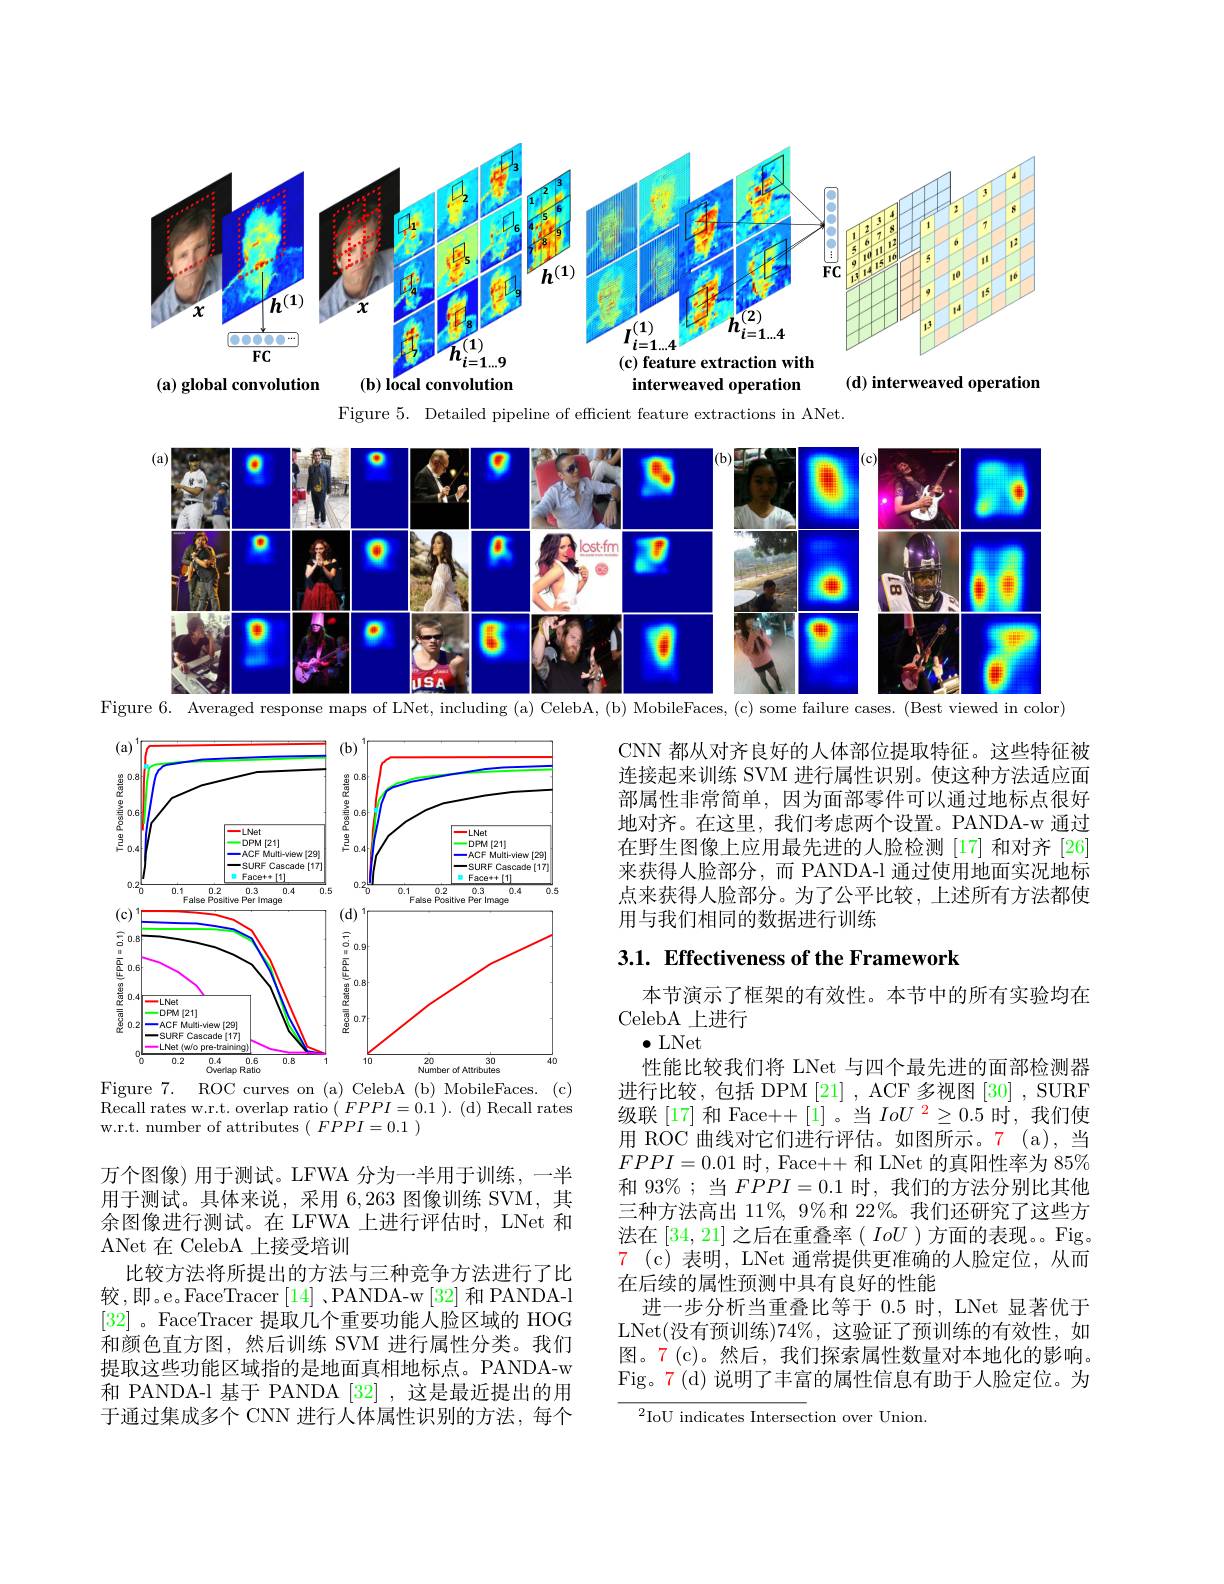
<FigureHere>
$(\mathbf{d})$ interweaved operation

interweaved operation

$( \mathbf{a} ) \textbf{ global convolution}$

$(\mathbf{b})\log_{0}$

Figure 5. Detailed pipeline of efficient feature extractions in ANet.

<FigureHere>
Figure 6. Averaged response maps of LNet, including (a) CelebA, (b) MobileFaces, (c) some failure cases. (Best viewed in color)

CNN 都从对齐良好的人体部位提取特征。这些特征被连接起来训练 SVM 进行属性识别。使这种方法适应面部属性非常简单，因为面部零件可以通过地标点很好地对齐。在这里，我们考虑两个设置。PANDA-w 通过在野生图像上应用最先进的人脸检测[17] 和对齐[26] 来获得人脸部分，而 PANDA-l 通过使用地面实况地标点来获得人脸部分。为了公平比较，上述所有方法都使用与我们相同的数据进行训练

<FigureHere>
Figure 7.
ROC curves on (a) CelebA (b) MobileFaces. (c)

# 3.1. Effectiveness of the Framework

$\bar{\text{Recall rates w. r. t. overlap ratio}} ($ $FPPI= 0. 1$ ). (d)Recall rates
w.r.t. number of attributes $(\begin{array}{c}{FPPI=0.1}\end{array})$

本节演示了框架的有效性。本节中的所有实验均在
CelebA 上进行
$\bullet$LNet
性能比较我们将 LNet 与四个最先进的面部检测器进行比较，包括 DPM [21], ACF 多视图 [30] , SURF 级联[17] 和 Face++[1]。当$IoU^2\geq0.5$时，我们使用 ROC 曲线对它们进行评估。如图所示。7 (a),当$FPPI=0.01$时，Face++ 和 LNet 的真阳性率为 85% 和 93%; 当$FPPI=0.1$时，我们的方法分别比其他三种方法高出 11%, 9%和 22%。我们还研究了这些方法在[34,21]之后在重叠率$(IoU)$方面的表现。。Fig。$\begin{array}{cc}{\mathrm{7}}&{\mathrm{(c)表明，LNet~通常提供更准确的人脸定位，从而}}\\\end{array}$ 在后续的属性预测中具有良好的性能
进一步分析当重叠比等于 0.5 时，LNet 显著优于LNet(没有预训练)74%,这验证了预训练的有效性，如图。7(c)。然后，我们探索属性数量对本地化的影响。Fig。7(d)说明了丰富的属性信息有助于人脸定位。为

万个图像) 用于测试。LFWA 分为一半用于训练，一半用于测试。具体来说，采用 6,263 图像训练 SVM,其余图像进行测试。在 LFWA 上进行评估时，LNet 和ANet 在 CelebA 上接受培训
比较方法将所提出的方法与三种竞争方法进行了比较，即。e。FaceTracer[14]、PANDA-w[32] 和 PANDA-l [32]。FaceTracer 提取几个重要功能人脸区域的 HOG 和颜色直方图，然后训练 SVM 进行属性分类。我们提取这些功能区域指的是地面真相地标点。PANDA-w 和 PANDA-l 基于 PANDA [32] ,这是最近提出的用于通过集成多个 CNN 进行人体属性识别的方法，每个

${}^{2}$IoU indicates Intersection over Union